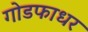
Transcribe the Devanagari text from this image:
गोडफाधर